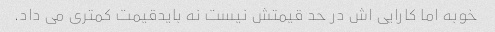
خوبه اما کارایی اش در حد قیمتش نیست نه باید‌قیمت کمتری می داد.